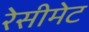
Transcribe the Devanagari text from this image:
रेसीमेट